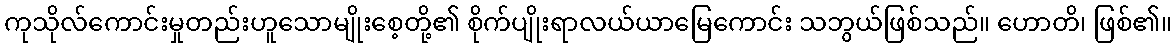
ကုသိုလ်ကောင်းမှုတည်းဟူသောမျိုးစေ့တို့၏ စိုက်ပျိုးရာလယ်ယာမြေကောင်း သဘွယ်ဖြစ်သည်။ ဟောတိ၊ ဖြစ်၏။